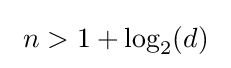
~n>1+\log _{2}(d)~